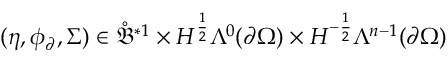
( \eta , \phi _ { \partial } , \Sigma ) \in \mathring { \mathfrak { B } } ^ { \ast 1 } \times H ^ { \frac { 1 } { 2 } } \Lambda ^ { 0 } ( \partial \Omega ) \times H ^ { - \frac { 1 } { 2 } } \Lambda ^ { n - 1 } ( \partial \Omega )